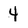
Character: 4